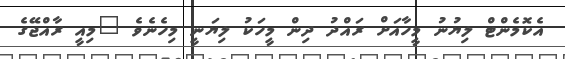
އެކޮމެންޓް ލިޔުނު މީހާއަށް ރައްދު ދިން މީހަކު ލިޔަނީ މިހެނެވެ "މިއީ ރާއްޖޭގެ